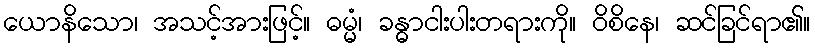
ယောနိသော၊ အသင့်အားဖြင့်။ ဓမ္မံ၊ ခန္ဓာငါးပါးတရားကို။ ဝိစိနေ၊ ဆင်ခြင်ရာ၏။